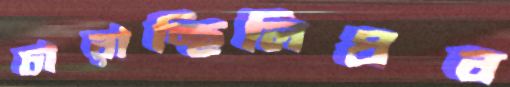
চারাচ্ছিলিপ্রব